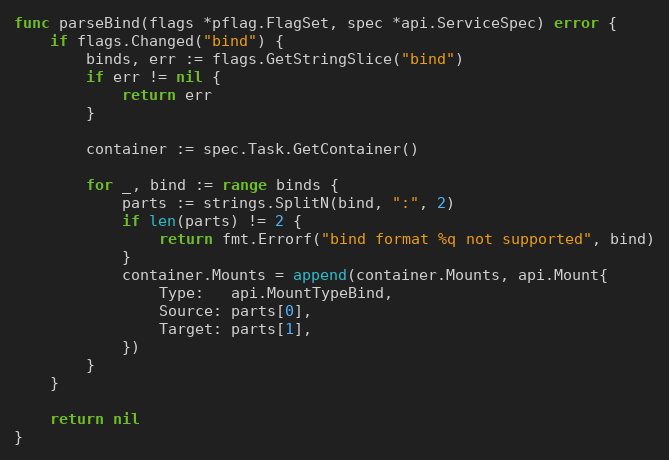
Language: Go
func parseBind(flags *pflag.FlagSet, spec *api.ServiceSpec) error {
	if flags.Changed("bind") {
		binds, err := flags.GetStringSlice("bind")
		if err != nil {
			return err
		}

		container := spec.Task.GetContainer()

		for _, bind := range binds {
			parts := strings.SplitN(bind, ":", 2)
			if len(parts) != 2 {
				return fmt.Errorf("bind format %q not supported", bind)
			}
			container.Mounts = append(container.Mounts, api.Mount{
				Type:   api.MountTypeBind,
				Source: parts[0],
				Target: parts[1],
			})
		}
	}

	return nil
}